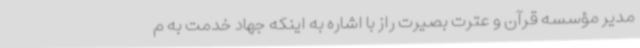
مدیر مؤسسه قرآن و عترت بصیرت راز با اشاره به اینکه جهاد خدمت به م